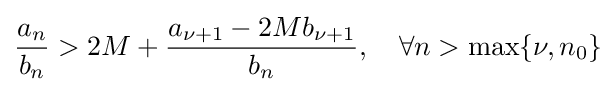
{\frac {a_{n}}{b_{n}}}>2M+{\frac {a_{\nu +1}-2Mb_{\nu +1}}{b_{n}}},\quad \forall n>\max\{\nu ,n_{0}\}